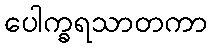
ပေါက္ခရသာတကာ